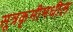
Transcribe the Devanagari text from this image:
सूत्रकृमीमधील